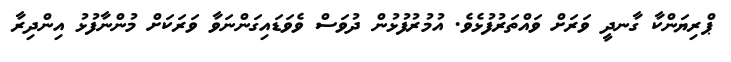
ޕްރިޔަންކާ ގާނދީ ވަރަށް ވައްތަރުފުޅެވެ. އުމުރުފުޅުން ދުވަސް ވެވަޑައިގަންނަވާ ވަރަކަށް މުންނާފުޅު އިންދިރާ